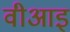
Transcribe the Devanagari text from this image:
वीआइ